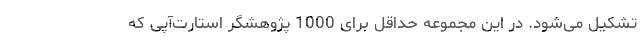
تشكیل می‌شود. در این مجموعه حداقل برای 1000 پژوهشگر استارت‌آپی كه